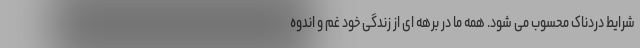
شرایط دردناک محسوب می شود. همه ما در برهه ای از زندگی خود غم و اندوه